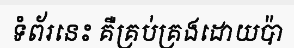
ទំព័រនេះ គឺគ្រប់គ្រងដោយប៉ា